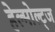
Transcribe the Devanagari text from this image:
हेल्मोल्ट्ज